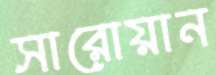
সারোয়ান